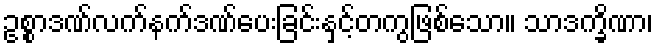
ဥစ္စာဒဏ်လက်နက်ဒဏ်ပေးခြင်းနှင့်တကွဖြစ်သော။ သာဒက္ခိဏာ၊